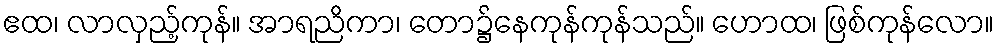
ဧထ၊ လာလှည့်ကုန်။ အာရညိကာ၊ တော၌နေကုန်ကုန်သည်။ ဟောထ၊ ဖြစ်ကုန်လော။